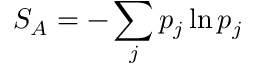
S _ { A } = - \sum _ { j } p _ { j } \ln p _ { j }